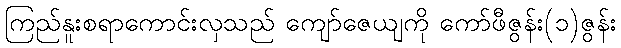
ကြည်နူးစရာကောင်းလှသည် ကျော်ဇေယျကို ကော်ဖီဇွန်း(၁)ဇွန်း